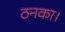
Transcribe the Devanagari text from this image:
ठनका।